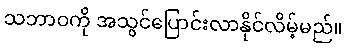
သဘာဝကို အသွင်ပြောင်းလာနိုင်လိမ့်မည်။